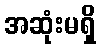
အဆုံးမရှိ